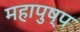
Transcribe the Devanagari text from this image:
महापुष्प